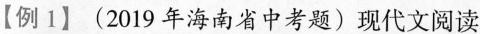
【例1】(2019年海南省中考题)现代文阅读